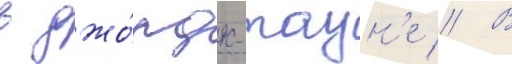
в джо́рдж-таун'е // В